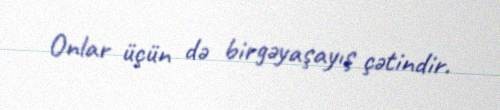
Onlar üçün də birgəyaşayış çətindir.